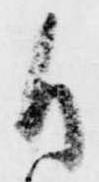
御